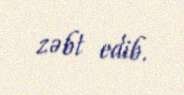
zəbt edib.